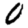
Digit: 0